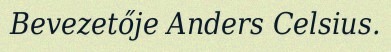
Bevezetője Anders Celsius.